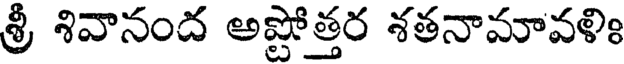
శ్రీ శివానంద అష్టోత్తర శతనామావళిః